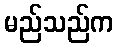
မည်သည်က